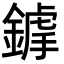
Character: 鎼